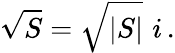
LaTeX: {\sqrt{S}}={\sqrt{\vert S\vert}}\, \, i\, .